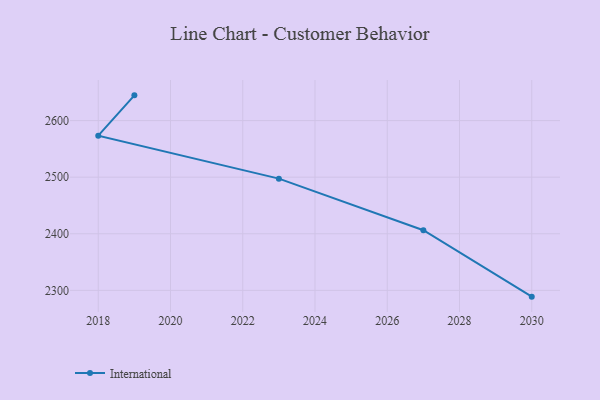
{"axis": {"x": "Year", "y": "Page Views"}, "legend": ["International"], "data": [{"x": "2030", "y": 2288.9, "type": "International"}, {"x": "2027", "y": 2406.3, "type": "International"}, {"x": "2023", "y": 2497.4, "type": "International"}, {"x": "2018", "y": 2573.4, "type": "International"}, {"x": "2019", "y": 2644.6, "type": "International"}]}